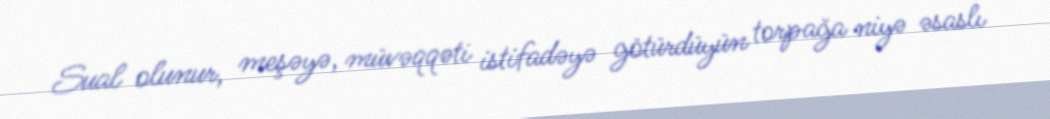
Sual olunur, meşəyə, müvəqqəti istifadəyə götürdüyün torpağa niyə əsaslı